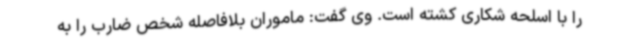
را با اسلحه شکاری کشته است. وی گفت: ماموران بلافاصله شخص ضارب را به